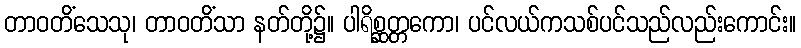
တာဝတိံသေသု၊ တာဝတိံသာ နတ်တို့၌။ ပါရိစ္ဆတ္တကော၊ ပင်လယ်ကသစ်ပင်သည်လည်းကောင်း။